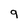
Character: 9